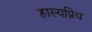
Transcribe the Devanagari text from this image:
हास्यप्रिय